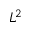
L ^ { 2 }